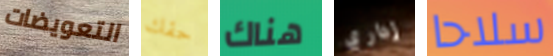
التعويضات حقك هناك إداري سلاحا